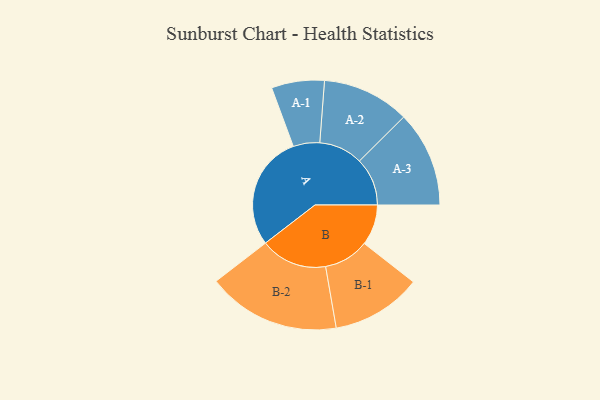
{"axis": {"x": "Segment", "y": "Value"}, "legend": ["", "A", "B"], "data": [{"x": "A", "y": 491, "type": ""}, {"x": "B", "y": 174, "type": ""}, {"x": "A-1", "y": 113, "type": "A"}, {"x": "A-2", "y": 187, "type": "A"}, {"x": "A-3", "y": 205, "type": "A"}, {"x": "B-1", "y": 193, "type": "B"}, {"x": "B-2", "y": 285, "type": "B"}]}